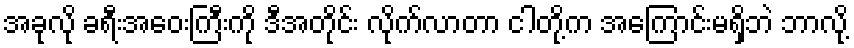
အခုလို ခရီးအဝေးကြီးကို ဒီအတိုင်း လိုက်လာတာ ငါတို့က အကြောင်းမရှိဘဲ ဘာလို့